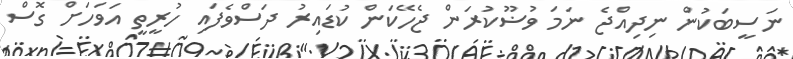
ނަސީބަކުން ނިދިއްޖެ ނަމަ ވުޟޫކުރަން ޖެހޭކަން ކުޑައިރު ދަސްވެފައި ހުރީތީ އަވަހަށް ގޮސް